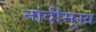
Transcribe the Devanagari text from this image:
नांदीमुख